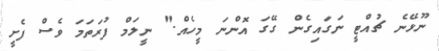
ނޫޅޭނެ ޗުއްޓީ ނަގައިގެން ގޭގަ އޮންނަ މީހެއް." ނީލަމް ފުރަތަމަ ވެސް ފެށީ